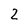
Character: 2